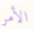
الأمر